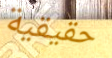
حقيقية